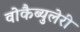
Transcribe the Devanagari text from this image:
वोकैब्युलेरी